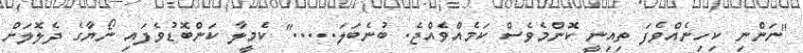
"ނަންނި ކިހިނެއްވެފަ ތިއިނީ ކޮންމެވެސް ކަމެއްވެއްޖެ. ބުނެބަލަ....." ކެމީލާ ކަންބޮޑުވެފައި ނޯޔާގެ ދެލޮލަށް